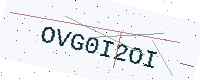
Text: OVG0I2OI